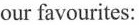
our favourites: